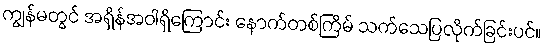
ကျွန်မတွင် အရှိန်အဝါရှိကြောင်း နောက်တစ်ကြိမ် သက်သေပြလိုက်ခြင်းပင်။